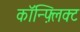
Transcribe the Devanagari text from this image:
कॉन्फ़्लिक्ट